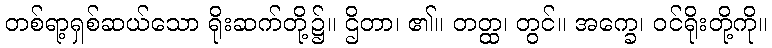
တစ်ရာ့ရှစ်ဆယ်သော ရိုးဆက်တို့၌။ ဌိတာ၊ ၏။ တတ္ထ၊ တွင်။ အက္ခေ၊ ဝင်ရိုးတို့ကို။